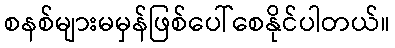
စနစ်များမမှန်ဖြစ်ပေါ်စေနိုင်ပါတယ်။